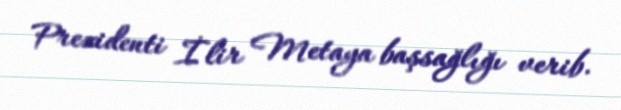
Prezidenti İlir Metaya başsağlığı verib.